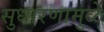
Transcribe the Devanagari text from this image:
सुधारणामुळे